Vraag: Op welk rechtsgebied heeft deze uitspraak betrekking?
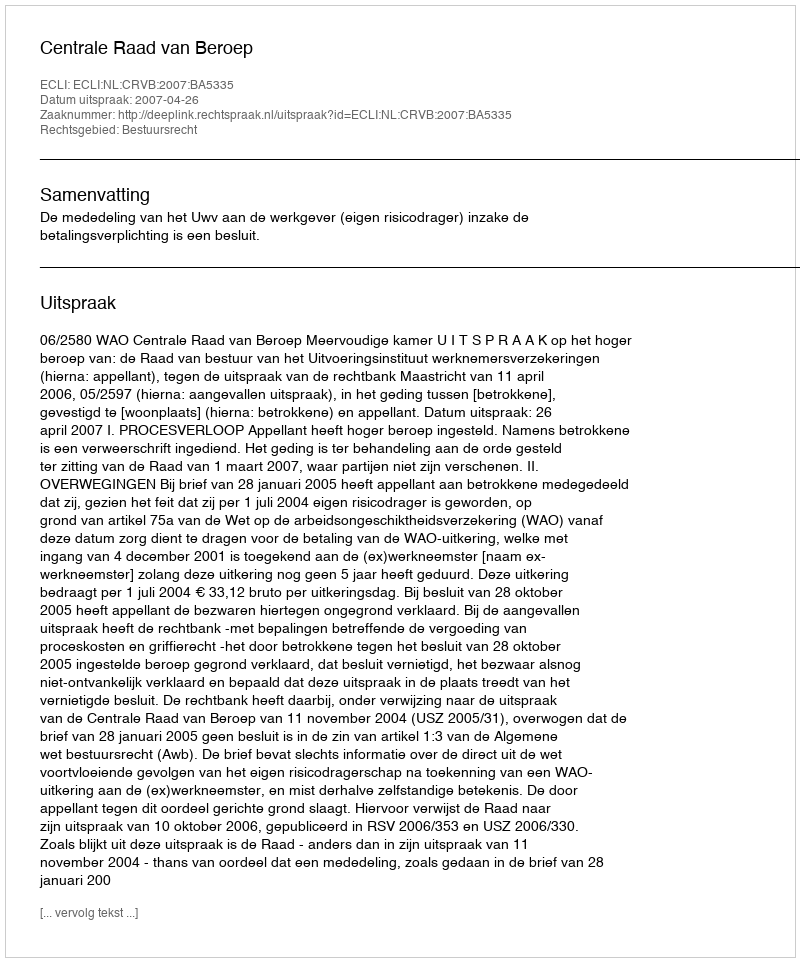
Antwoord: Bestuursrecht